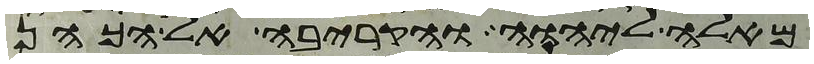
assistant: מאלה ליהוה והקריבה אל הכהן